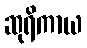
ဆုရိကာယ